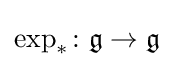
\exp _{*}\colon {\mathfrak {g}}\to {\mathfrak {g}}